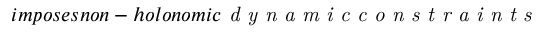
i m p o s e s n o n - h o l o n o m i c \emph { d y n a m i c c o n s t r a i n t s }